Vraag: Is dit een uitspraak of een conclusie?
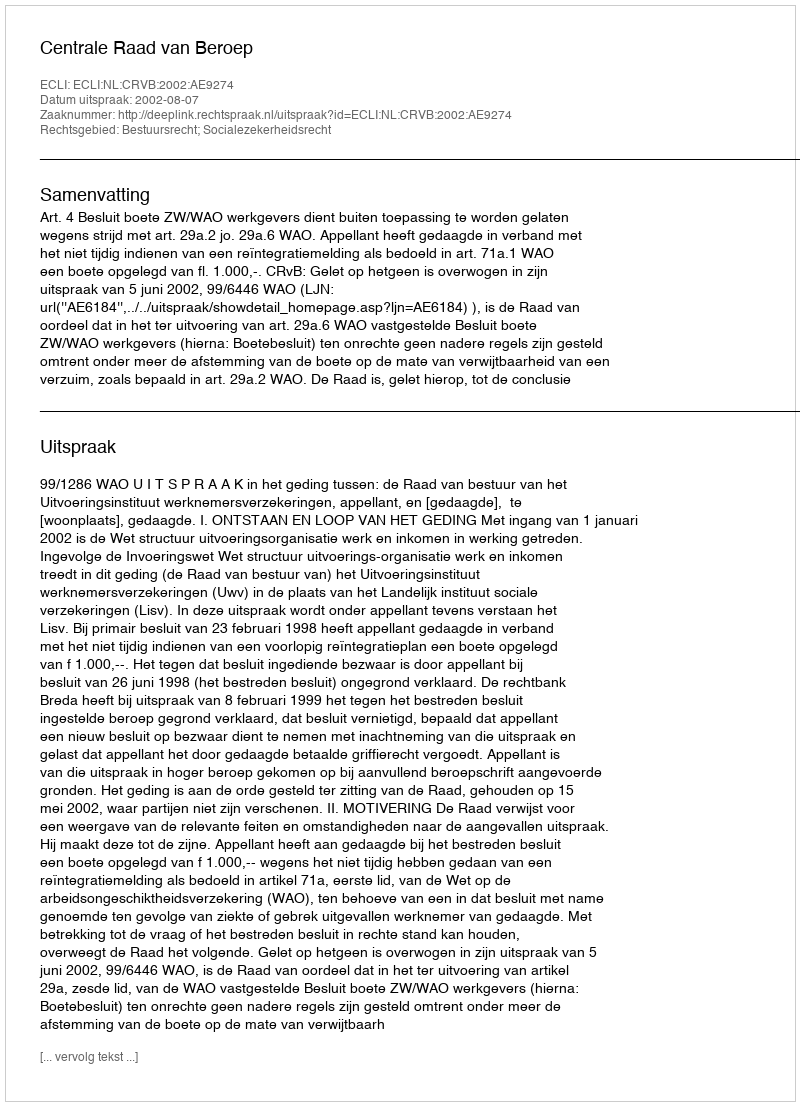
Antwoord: Uitspraak